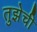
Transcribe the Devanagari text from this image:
तुझेची